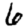
Digit: 6